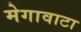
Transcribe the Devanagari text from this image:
मेगावाटा